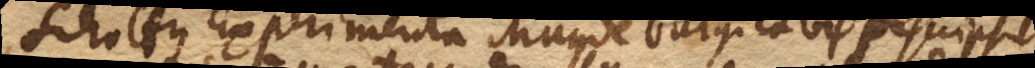
Schottus Experimenta Magdeburgica bis descripsit